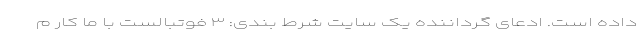
داده است. ادعای گرداننده یک سایت شرط بندی: ۳ فوتبالست با ما کار م